King Institute of Preventive Medicine Micro-Biological Section reports 1909-11
Year: 1909
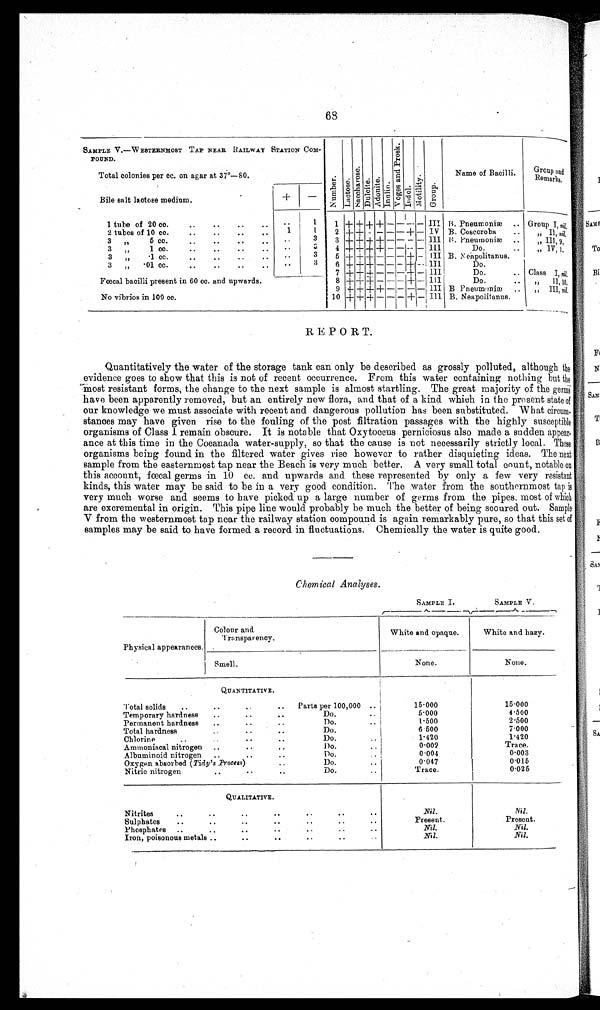
68
SAMPLE V.—WESTERNMOST TAP NEAR RAILWAY STATION COM-
POUND.
N u m b e r .
L a c t o s e .
S a c c h a r o s e .
D u l c i t e . Ad o n i t e .
I n u l i n .
V o g e s a n d P r o s k .
I ndol .
Mo t i l i t y .
G r o u p .
Name of Bacilli.
Group and
Remarks.
Total colonies per cc. on agar at 37°—80.
Bile salt lactose medium.
+
—
1 tube of 20 co.
..
..
..
..
1
1 + + + + — — — — III B. Pneumoniæ .. Group I, nil.
2 tubes of 10 cc.
..
..
..
..
1
1
2 + + — — — — + — IV B. Coscoroba
..
„ II, nil.
3
„
5 cc.
•.
..
..
..
..
3
3 + + —— — — — — III B. Pneumoniæ ..
„ Ill, 9.
3 „
1 cc.
..
..
..
••
..
3
4 + + + + ———— III
Do.
..
„
IV, 1.
3
„
.1 cc.
..
..
..
..
..
3
5 + + + — — — + — III B. Neapolitanus.
3
„
.01 cc.
..
..
..
..
..
3
6 + + + — — — + —III
Do.
7 + + + — — — + — III
Do. ..
Class I, nil.
Fœcal bacilli present in 60 cc. and upwards.
8 + + + ———+ — III
Do.
.. ,, II, 10.
9 + + + + — — — — III B Pneumoniæ .. „ III, nil.
No vibrios in 100 cc.
10 + + — — ——+
III B. Neapolitanus.
REPORT.
Quantitatively the water of the storage tank can only be described as grossly polluted, although the
evidence goes to show that this is not of recent occurrence. From this water containing nothing but the
most resistant forms, the change to the next sample is almost startling. The great majority of the germs
have been apparently removed, but an entirely new flora, and that of a kind which in the present state of
our knowledge we must associate with recent and dangerous pollution has been substituted. What c ir
c u m -
stances may have given rise to the fouling of the post filtration passages with the highly susceptible
organisms of Class I remain obscure. It is notable that Oxytoccus perniciosus also made a sudden appear-
ance at this time in the Cocanada water-supply, so that the cause is not necessarily strictly local. These
organisms being found in the filtered water gives rise however to rather disquieting ideas. The next
sample from the easternmost tap near the Beach is very much better. A very small total count, notable on
this account, fœcal germs in 10 cc. and upwards and these represented by only a few very resistant
kinds, this water may be said to be in a very good condition. The water from the southernmost tap is
very much worse and seems to have picked up a large number of germs from the pipes, most of which
are excremental in origin. This pipe line would probably be much the better of being scoured out. Sample
V from the westernmost tap near the railway station compound is again remarkably pure, so that this set of
samples may be said to have formed a record in fluctuations. Chemically the water is quite good.
Chemical Analyses.
SAMPLE I.
SAMPLE V.
Physical appearances.
Colour and
Transparency.
White and opaque.
White and hazy.
Smell.
None.
None.
QUANTITATIVE.
Total solids
..
..
.. Parts per 100,000
15.000
15.000
Temporary hardness..
•
Do.
5.000
4.500
Permanent hardness
....
Do.
• •
1.500
2.500
..
Total hardness..
Do.
6.500
7.000
Chlorine
..
..
..
Do.
1.420
1.420
Ammoniacal nitrogen ..
..
Do. . .
0.002
Trace.
Albuminoid nitrogen ..
..
Do.
0.004
0.003
Oxygen absorbed (Tidy's Process)..
Do.
0.047
0.015
Nitric nitrogen
..
... •
Do.
• •
Trace.
0.025
QUALITATIVE.
Nitrites
..
..
..
• •
..
• .
Nil.
Nil.
Sulphates
....
..
Present.
Present.
Phosphates ..
• •
• •
• •
..
..
Nil.
Nil.
Iron, poisonous metals ..• .
..
Nil.
Nil.